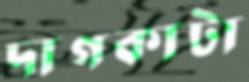
দাগকাটা